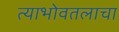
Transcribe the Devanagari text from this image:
त्याभोवतलाचा